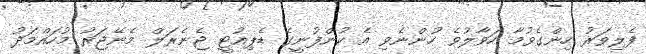
ފެލިވަރު ހިންގެވުމާ ހަވާލުވެ ހުންނެވި އެ ކުންފުނީގެ ޑެޕިއުޓީ ޖެނެރަލް މެނޭޖަރު މުހައްމަދު